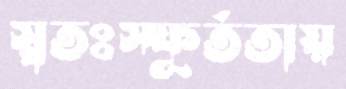
স্বতঃস্ফূর্ততায়